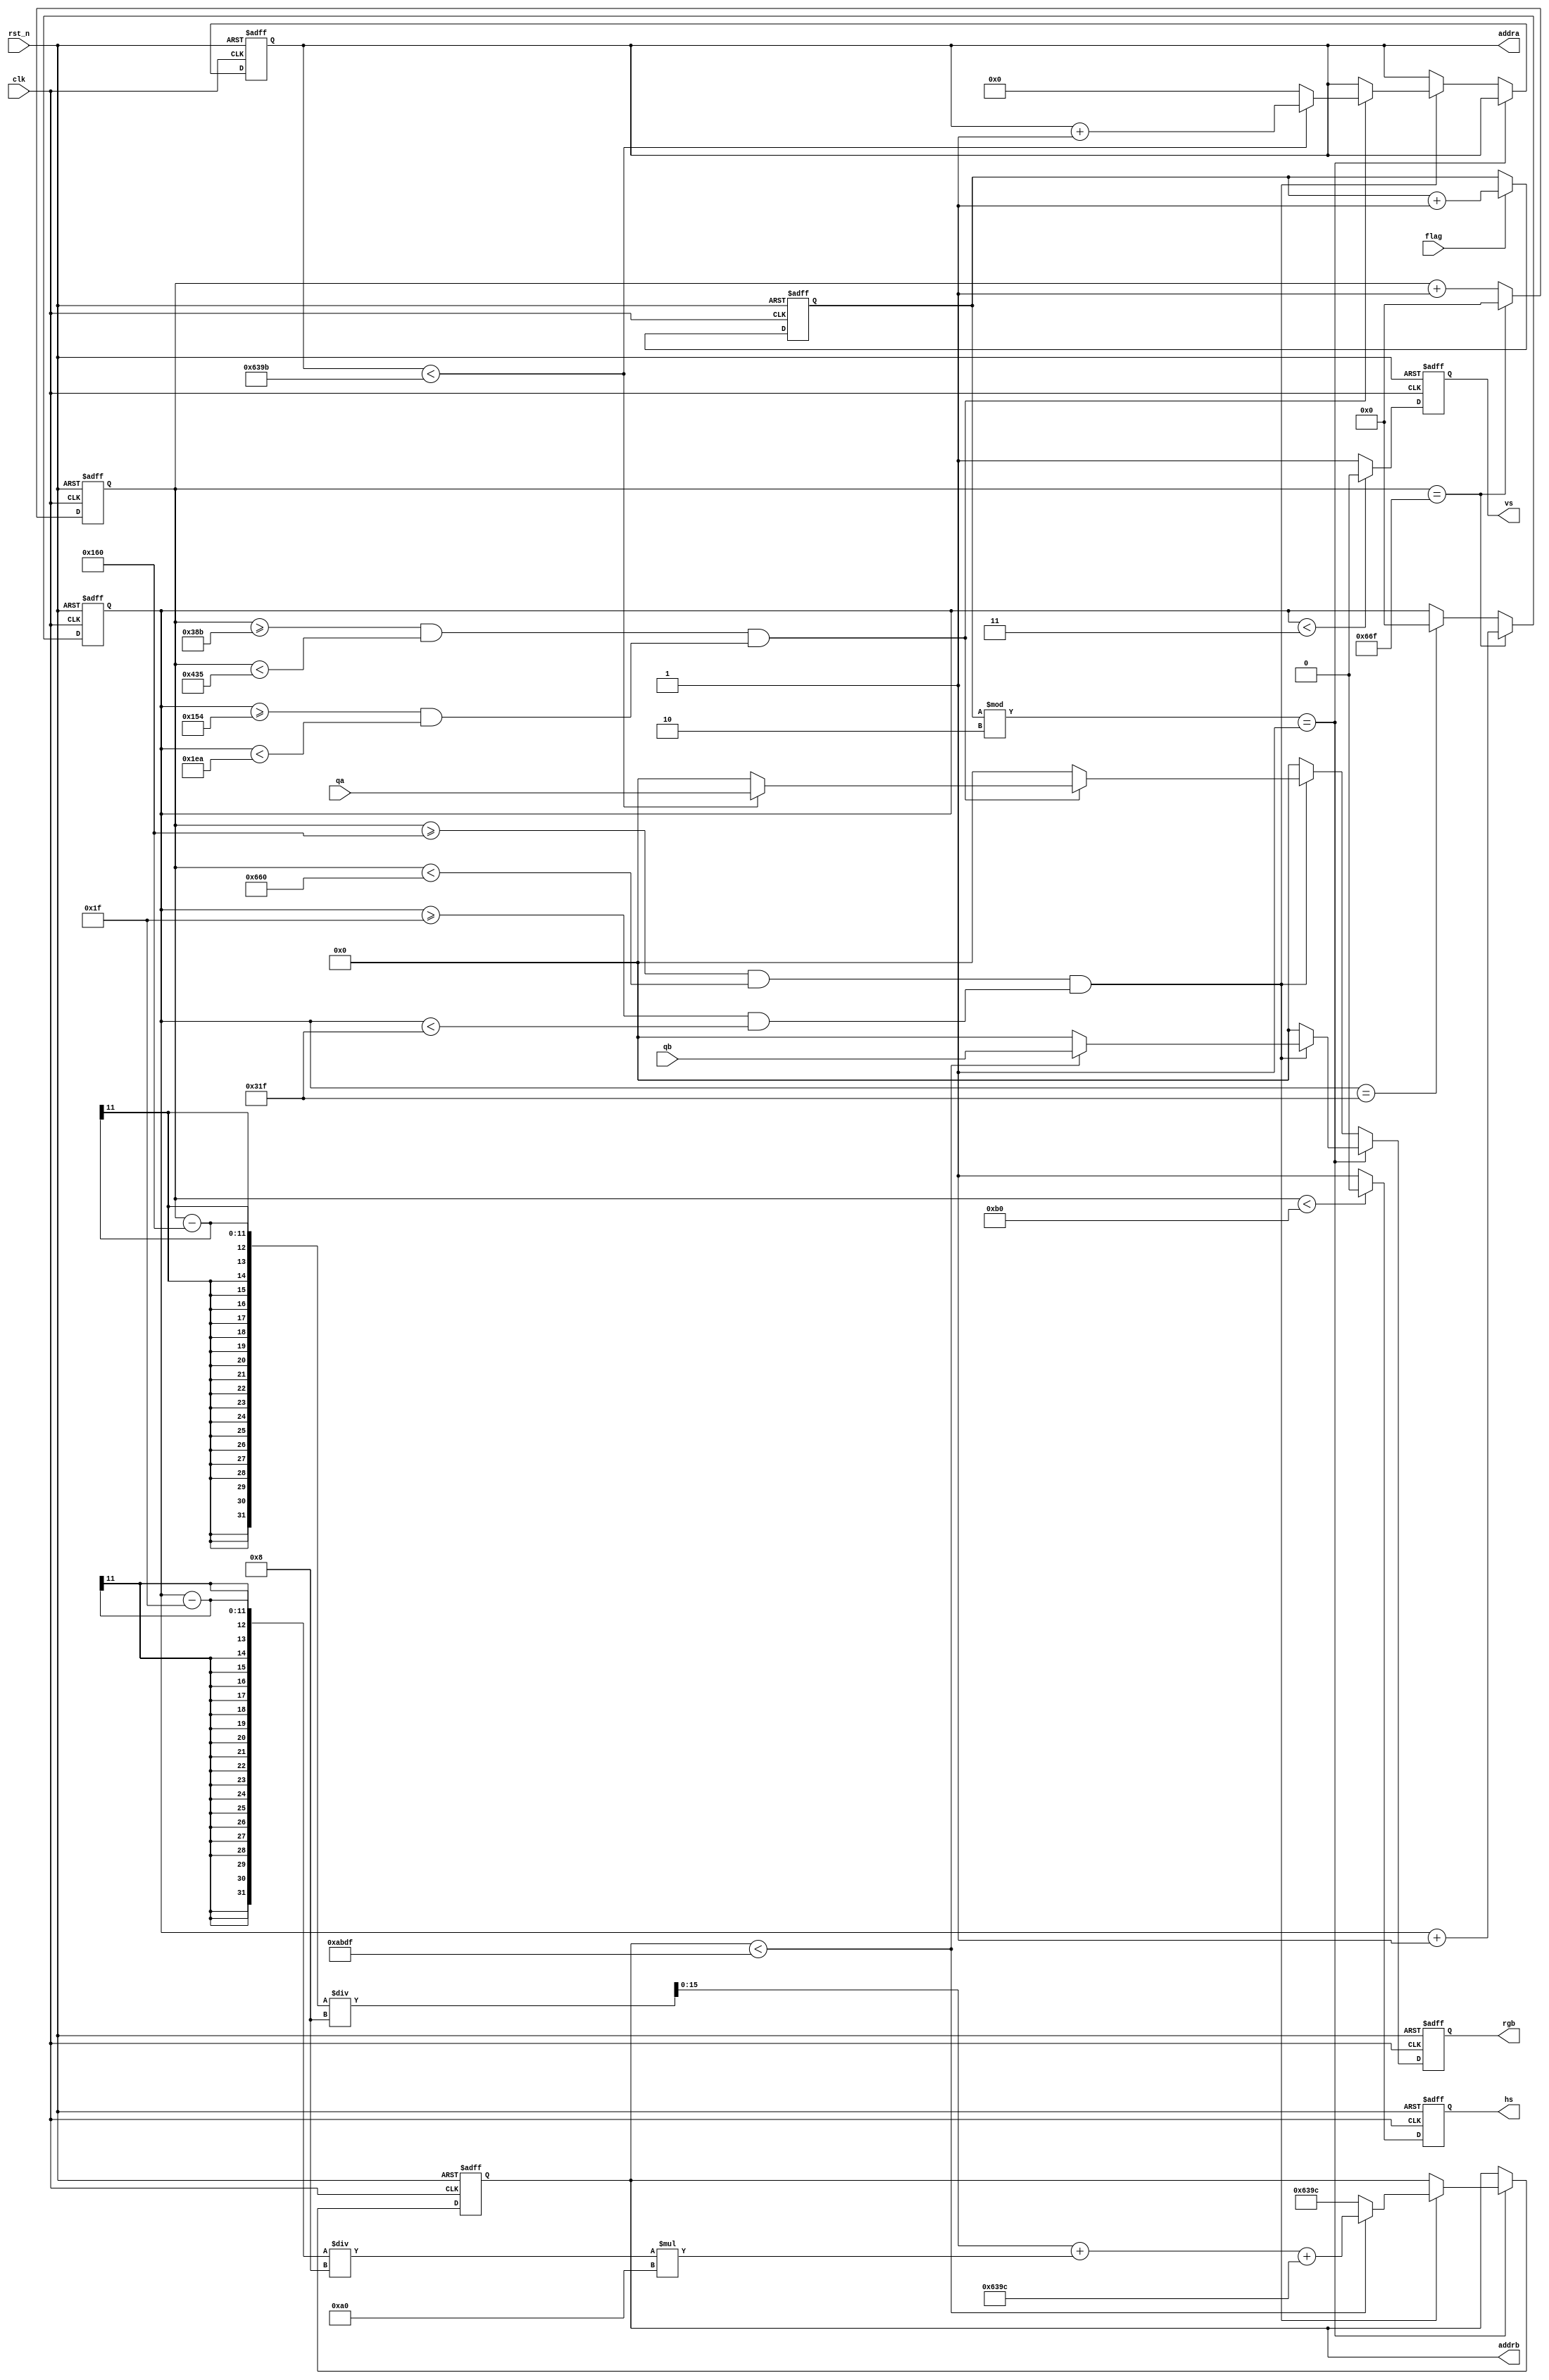
module VGA(clk,rst_n,flag,hs,vs,qa,qb,addra,addrb,rgb);

	input clk,rst_n;
	input flag;
	input [7:0] qa;
	input [7:0] qb;
	
	output reg [15:0] addra;
	output reg [15:0] addrb;
	output reg hs,vs;//
	output reg [7:0] rgb;
	
	parameter	hv_all = 1648,
					hv_a = 176,
					hv_b = 176,
					hv_c = 1280,
					hv_d = 16;
					
	parameter 	vv_all = 800,
					vv_a = 3,
					vv_b = 28,
					vv_c = 768,
					vv_d = 1;
	reg [9:0] count;

	always @ (posedge clk or negedge rst_n)
		begin
			if(!rst_n)
				begin
					count <= 10'd0;
				end
			else
				begin
					if(flag == 1'b1)
						begin
							count <= count + 1'b1;
						end
					else
						begin
							count <= count;
						end
				end
		end
	
	reg [10:0] cnt_h;//
	//
	always @ (posedge clk or negedge rst_n)
		begin
			if(!rst_n)
				cnt_h <= 0;
			else if(cnt_h == (hv_all - 1))//
				cnt_h <= 0;
			else
				cnt_h <= cnt_h + 1'd1;
		end
	//
	always @ (posedge clk or negedge rst_n)
		begin
			if(!rst_n)
				hs <= 1'd1;
			else if(cnt_h < hv_a)
				hs <= 1'd0;
			else 
				hs <= 1'd1;
		end
	
	reg [10:0] cnt_v;//
	//
	always @ (posedge clk or negedge rst_n)
		begin
			if(!rst_n)
				cnt_v <= 0;
			else if(cnt_h == (hv_all-1))
				cnt_v <= cnt_v + 1'd1;
			else if(cnt_v == (vv_all-1))//
				cnt_v <= 0;
		end
	//	
	always @ (posedge clk or negedge rst_n)
		begin
			if(!rst_n)
				vs <= 1;
			else if(cnt_v < vv_a)
				vs <= 0;
			else
				vs <= 1;
		end	
		
	always @ (posedge clk or negedge rst_n)
		begin
			if(!rst_n)
				begin
					addra <= 16'd0;
					addrb <= 16'd25500;
					rgb <= 8'b000_000_00;
				end
			else
				begin
					if((count%2) == 1'b1)
						begin
							if(((cnt_h >= hv_a + hv_b)&&(cnt_h < hv_a + hv_b + hv_c))&&((cnt_v >= vv_a + vv_b)&&(cnt_v < vv_a + vv_b + vv_c)))
								begin
									if(addrb < 43999)
										begin
											rgb <= qb;
											addrb <= ((cnt_h - (hv_a+hv_b))/8 + (cnt_v - (vv_a+vv_b))/8*(hv_c/8) + 25500);
										end
									else
										begin
											addrb <= 16'd25500;
											rgb <= 8'b000_000_00;
										end
								end
							else
								begin
									rgb <= 8'b000_000_00;
								end
						end
					else
						begin
							if(((cnt_h >= hv_a + hv_b)&&(cnt_h < hv_a + hv_b + hv_c))&&((cnt_v >= vv_a + vv_b)&&(cnt_v < vv_a + vv_b + vv_c)))
								begin
									if(((cnt_h>=907)&&(cnt_h<1077))&&((cnt_v>=340)&&(cnt_v<490))) // hua170_150 1366 83.58MHz
										begin
											if(addra < 25499)
												begin
													rgb <= qa;
													addra <= addra + 1'd1;
												end
											else
												begin
													addra <= 16'd0;
													rgb <= 8'b000_000_00;
												end
										end
									else
										begin
											rgb <= 8'b000_000_00;
										end
								end
							else
								begin
									rgb <= 8'b000_000_00;
								end
						end
				end
		end

endmodule